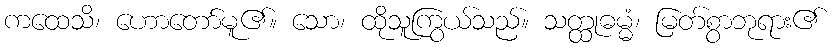
ကထေသိ၊ ဟောတော်မူ၏။ သော၊ ထိုသူကြွယ်သည်။ သတ္ထုဓမ္မံ၊ မြတ်စွာဘုရား၏